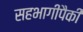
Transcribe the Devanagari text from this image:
सहभागींपैकी